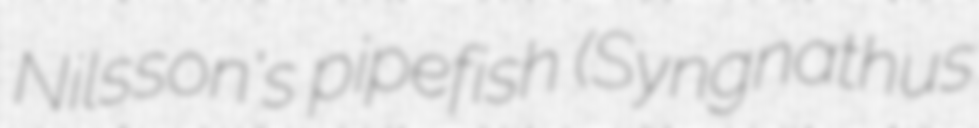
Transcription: Nilsson's pipefish (Syngnathus